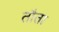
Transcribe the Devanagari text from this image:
तौता